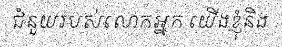
ជំនួយរបស់លោកអ្នក យើងខ្ញុំនិង